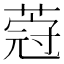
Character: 𦵤